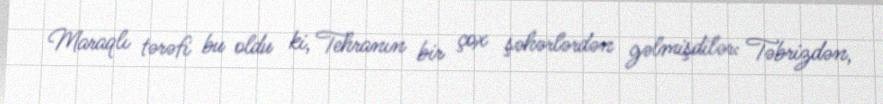
Maraqlı tərəfi bu oldu ki, Tehranın bir çox şəhərlərdən gəlmişdilər: Təbrizdən,